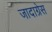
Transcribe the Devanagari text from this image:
जादाग्रेस